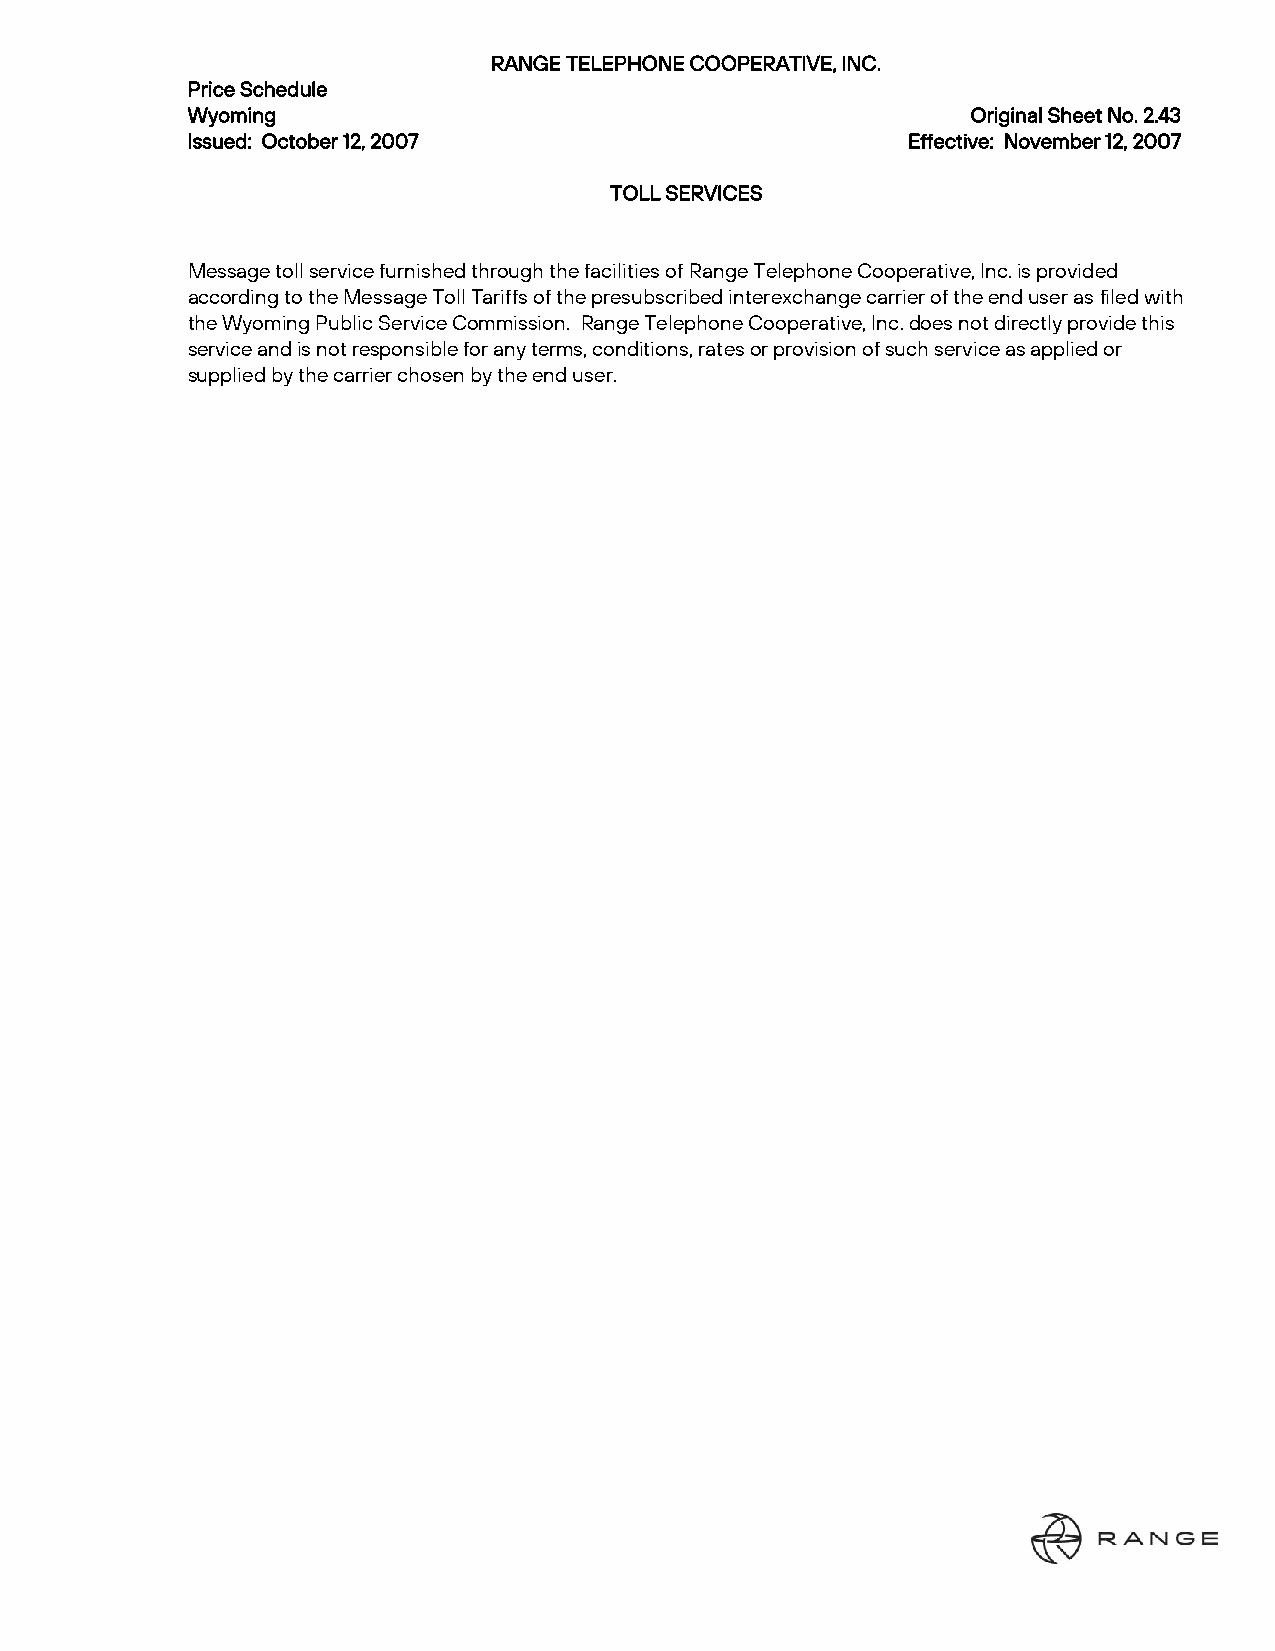
RANGE TELEPHONE COOPERATIVE, INC.
 Price Schedule
 Wyoming                                             Original Sheet No. 2.43
 Issued: October 12, 2007                        Effective: November 12, 2007
 TOLL SERVICES
 Message toll service furnished through the facilities of Range Telephone Cooperative, Inc. is provided
 according to the Message Toll Tariffs of the presubscribed interexchange carrier of the end user as filed with
 the Wyoming Public Service Commission. Range Telephone Cooperative, Inc. does not directly provide this
 service and is not responsible for any terms, conditions, rates or provision of such service as applied or
 supplied by the carrier chosen by the end user.